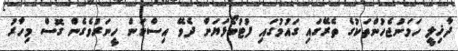
ދާޚިލީ ހަމަނުޖެހުންތަކުގެ ތެރޭގައި ގައުމުގައި ފުޓުބޯޅަޔަށް ދެވޭ އިސްކަން ހީނަރުވެގެން ގޮސް މިހާރު